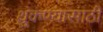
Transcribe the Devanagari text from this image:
थुंकण्यासाठी